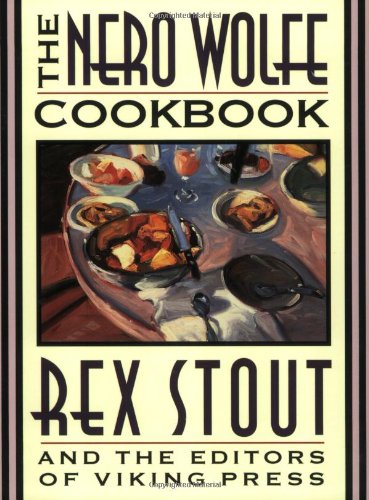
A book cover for The Nero Wolfe Cookbook; Rex Stout; Cookbooks, Food & Wine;